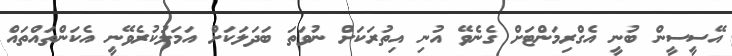
އޭސީސީން ބުނީ އެގްރިމަންޓަށް ގެނެވޭ އުނި އިތުރަކަށް ނުވަތަ ބަދަލަކަށް އަމަލުކުރެވޭނީ އެކަންތައްތައް